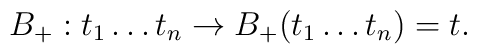
B_+: t_1\ldots t_n\to B_+(t_1\ldots t_n)=t.